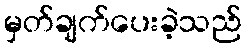
မှတ်ချက်ပေးခဲ့သည်